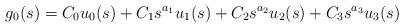
LaTeX: \begin{align*}g_0(s)=C_0 u_0(s) + C_1 s^{a_1}u_1(s)+ C_2 s^{a_2}u_2(s)+ C_3 s^{a_3}u_3(s)\end{align*}